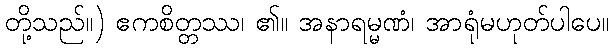
တို့သည်။) ဧကစိတ္တဿ၊ ၏။ အနာရမ္မဏံ၊ အာရုံမဟုတ်ပါပေ။